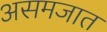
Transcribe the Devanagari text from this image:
असमजात